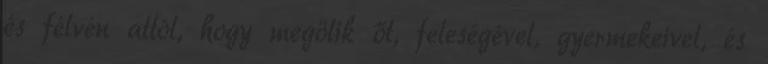
és félvén attól, hogy megölik őt, feleségével, gyermekeivel, és